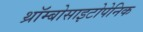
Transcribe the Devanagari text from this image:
थ्रॉम्बोसाइटोपेनिक